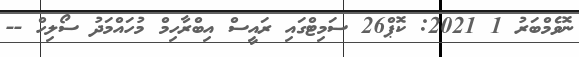
ނޮވެމްބަރު 1 2021: ކޮޕް26 ސަމިޓްގައި ރައީސް އިބްރާހިމް މުހައްމަދު ސޯލިހް --